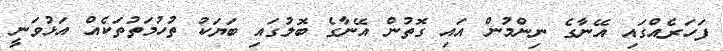
ފަހަރެއްގައި އޭނާގެ ނިންމުން އައި ގޮތުން އޭނާގެ ބޮލުގައި ބަޔަކު ތުހުމަތުތަކެއް އަޅުވަނީ